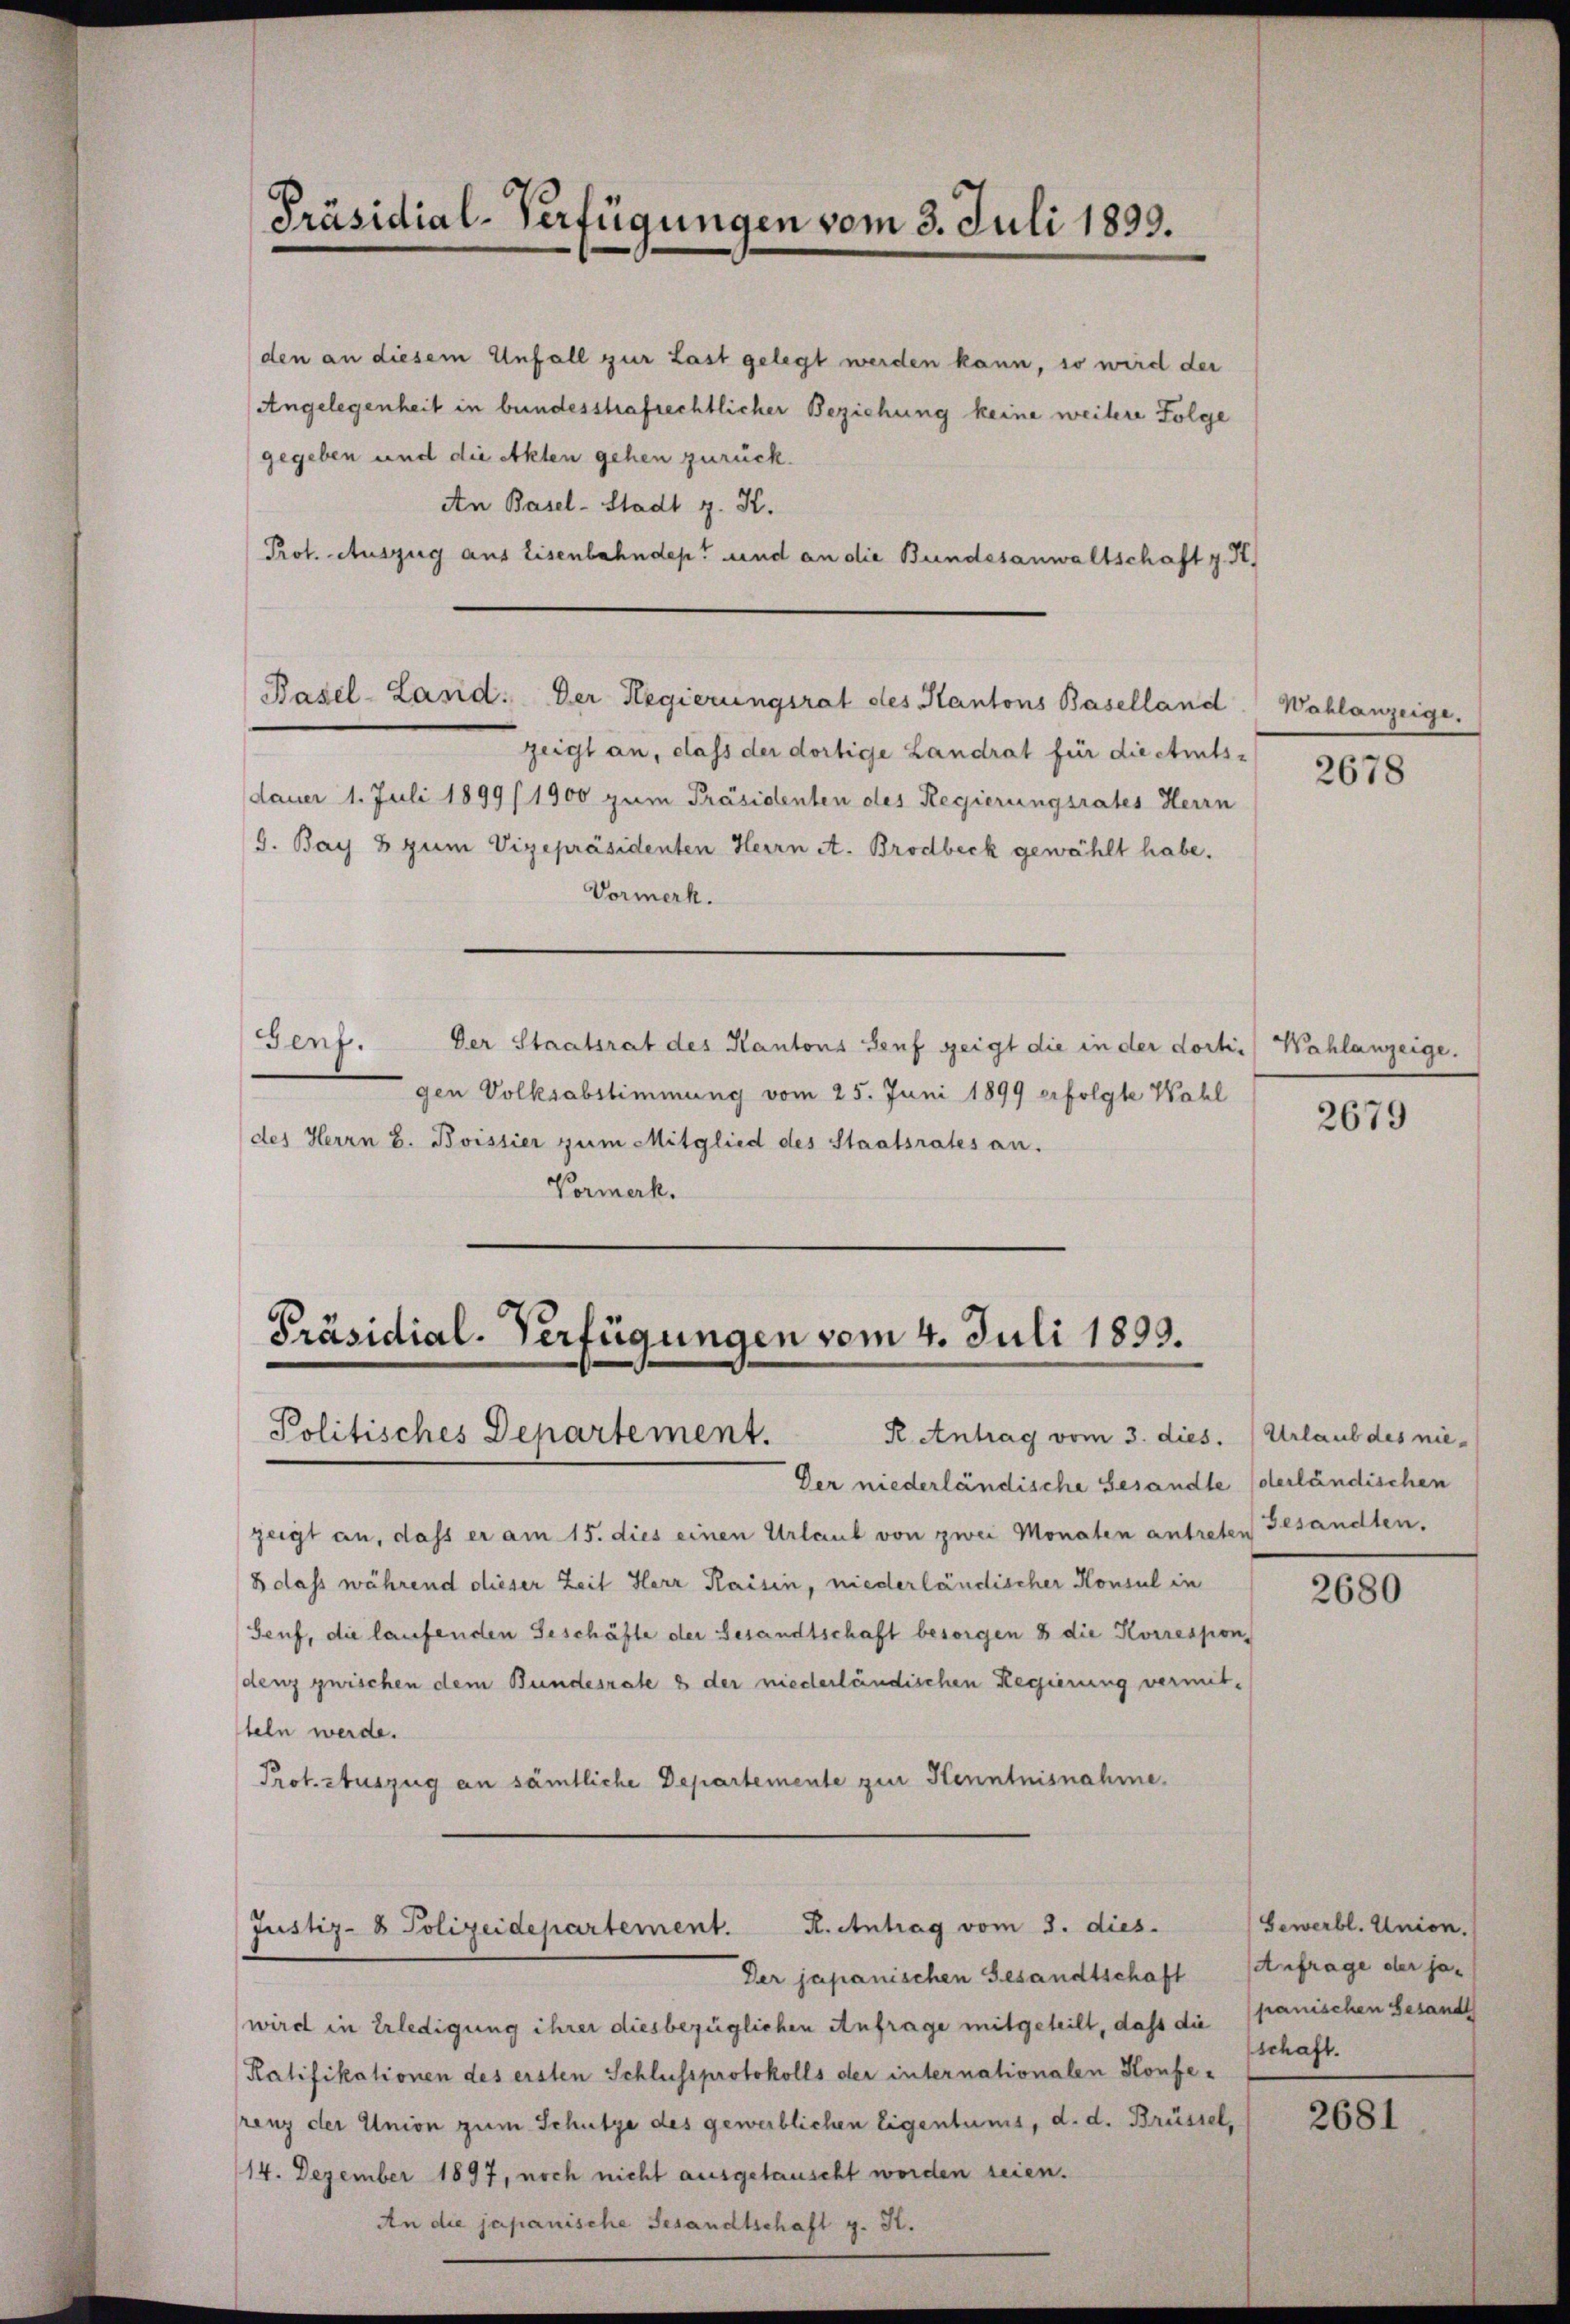
Präsidial-Verfügungen vom 3. Juli 1899.

den an diesem Unfall zur Last gelegt werden kann, so wird der
Angelegenheit in bundesstrafrechtlicher Beziehung keine weitere Folge
gegeben und die Akten gehen zurück.
An Basel-Stadt g. K.
Prot. Auszug aus Eisenbahndep. und an die Bundesanwaltschaft z. R.
zeigt an, class der dortige Landrat für die strats-
dauer 1. Juli 1899/1900 zum Präsidenten des Regierungsrates Herrn
S. Bay 8 zum Vizepräsidenten Herrn A. Brodbeck gewählt habe.
Vormerk.
Genf. Der Staatsrat des Kantons Senf zeigt die in der dortigen Volksabstimmung vom 25. Juni 1899 erfolgte Wahl
des Herrn B. Boistier zum Mitglied des Staatsrates an.
Vermerk.

Basel-Land. Der Regierungsrat des Kantons Baselland

Präsidial-Verfügungen vom 4. Juli 1899.
R Antrag vom 3. dies.
Politisches Departement.

Justiz- & Polizeidepartement. K. Antrag vom 8. dies

zeigt an, dass er am 15. dies einen Urlaub von zwei Monaten antreten
8 dass während dieser Zeit Herr Raisin, niederländischer Konsul in
Senf, die laufenden Geschäfte der Gesandtschaft besorgen 8 die Korrespon
denz zwischen dem Bundesrate 8 der niederländischen Regierung vermitteln werde.
Prot. Auszug an sämtliche Departemente zur Kenntnisnahme.

Der niederländische Gesandte (derländischen

Der japanischen Gesandtschaft
wird in Erledigung ihrer diesbezüglichen Anfrage mitgeteilt, daß die
Ratifikationen des ersten Schlussprotokolls der internationalen Konferenz der Union zum Schutze des gewerblichen Eigentums, d. d. Brüssel,
14. Dezember 1897, noch nicht ausgetauscht worden seien.
An die japanische Gesandtschaft g. K.

Wahlanzeige.

2678

Wahlanzeige.

2679

Urlaub des niegesandten.

2680

Bewerbl. Union.
Anfrage der jepanischen Gesandt
schaft.

2681